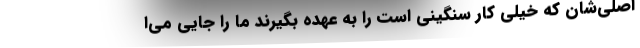
اصلی‌شان که خیلی کار سنگینی است را به عهده بگیرند ما را جایی می‌ا